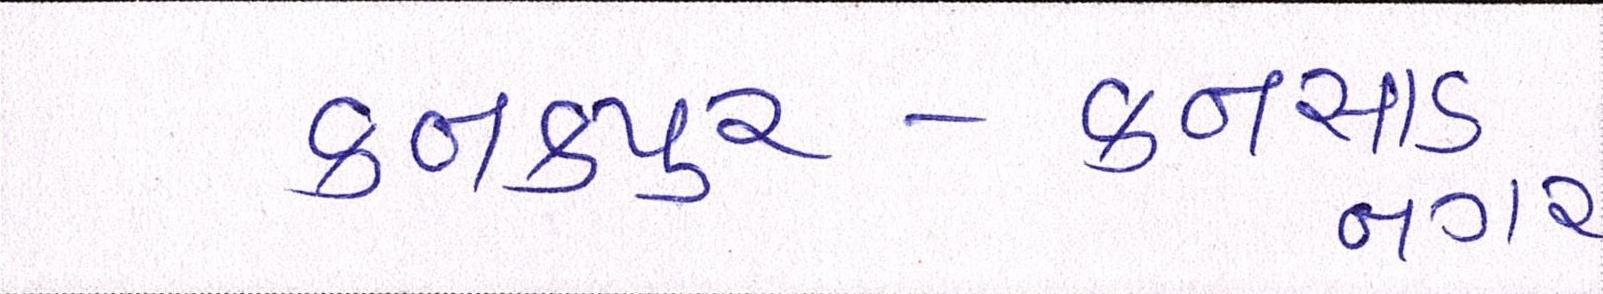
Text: કનકપુર-કનસાડનગર